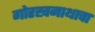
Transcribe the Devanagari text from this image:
गोरखनाथाचा